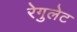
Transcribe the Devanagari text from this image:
रेगुलेट